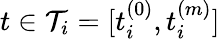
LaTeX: t\in\mathcal{T}_{i}=[t_{i}^{(0)},t_{i}^{(m)}]